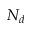
N _ { d }